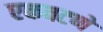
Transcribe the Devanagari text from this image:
एकवटणे